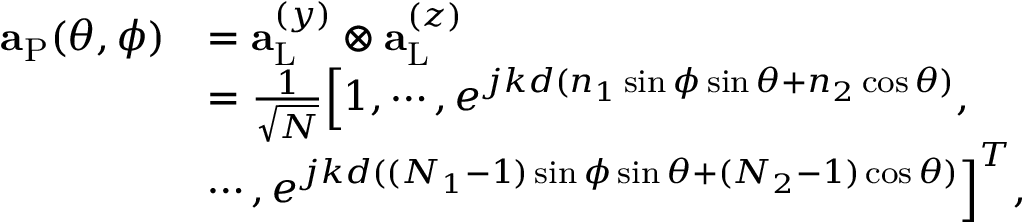
\begin{array} { r l } { { \bf { a } } _ { \mathrm { { P } } } ( \theta , \phi ) } & { = { \bf { a } } _ { \mathrm { L } } ^ { ( y ) } \otimes { \bf { a } } _ { \mathrm { { L } } } ^ { ( z ) } } \\ & { = \frac { 1 } { \sqrt { N } } \Big [ 1 , \cdots , e ^ { j k d ( n _ { 1 } \sin \phi \sin \theta + n _ { 2 } \cos \theta ) } , } \\ & { \cdots , e ^ { j k d ( ( N _ { 1 } - 1 ) \sin \phi \sin \theta + ( N _ { 2 } - 1 ) \cos \theta ) } \Big ] ^ { T } , } \end{array}